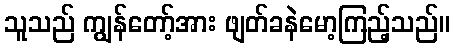
သူသည် ကျွန်တော့်အား ဖျတ်ခနဲမော့ကြည့်သည်။